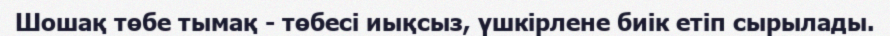
Шошақ төбе тымақ - төбесі иықсыз, үшкірлене биік етіп сырылады.